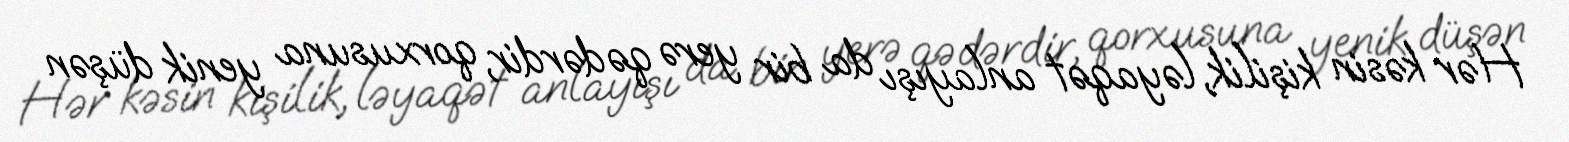
Hər kəsin kişilik, ləyaqət anlayışı da bir yerə qədərdir, qorxusuna yenik düşən